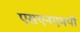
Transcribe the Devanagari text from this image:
एसएनएमपी